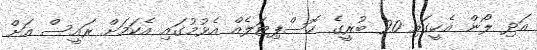
އަދި ލޯން އެހީގައި 20 ބުރީގެ ހޮސްޕިޓަލެއް އެޅުމުގައި އެކަމަށް ރައީސް އަށް